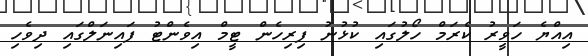
އިއްޔެ ހަވީރު ކެރަމް ހޯލުގައި ކުޅުނު ފިރިހެން ޓީމް އިވެންޓު ފައިނަލްގައި ދިވެހި